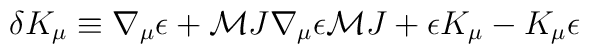
\delta K_\mu \equiv \nabla_\mu\epsilon + {\cal M}J\nabla_\mu\epsilon{\cal M}J +\epsilon K_\mu - K_\mu \epsilon